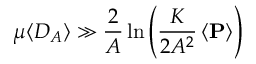
\mu \langle D _ { A } \rangle \gg \frac { 2 } { A } \ln \left( \frac { K } { 2 A ^ { 2 } } \left< \mathbf { P } \right> \right)